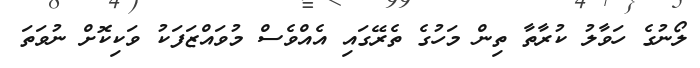
ލޯނުގެ ހަވާލު ކުރާތާ ތިން މަހުގެ ތެރޭގައި އެއްވެސް މުވައްޒަފަކު ވަކިކޮށް ނުވަތަ